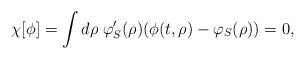
\begin{align*}\chi[\phi]=\int d\rho\;\varphi'_S(\rho)(\phi(t,\rho)-\varphi_S(\rho))=0,\end{align*}